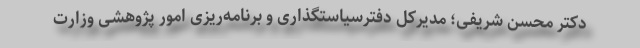
دکتر محسن شریفی؛ مدیرکل دفترسیاستگذاری و برنامه‌ریزی امور پژوهشی وزارت